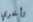
تأخري